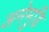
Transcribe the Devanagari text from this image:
अनेमुडि